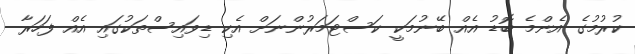
ކުރުމުގެ އެންމެ ބޮޑު އެއް ބޭނުމަކީ ކަސްޓަމަރުންނަށް އެކި ޑިވައިސްތަކުގައި އެއް ފަހަރާ